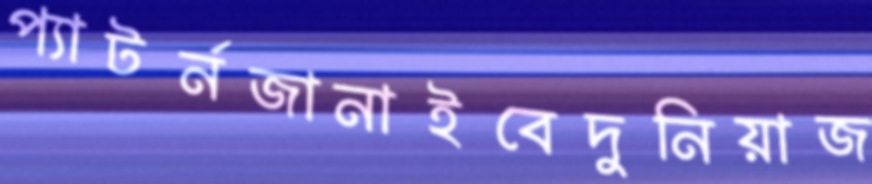
প্যাটর্নজানাইবেদুনিয়াজ